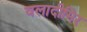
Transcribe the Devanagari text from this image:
वलादीमिर